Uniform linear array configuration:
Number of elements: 64
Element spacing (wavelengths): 0.5
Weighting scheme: hamming
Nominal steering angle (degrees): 60
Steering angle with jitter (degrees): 59.208
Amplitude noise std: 0.05
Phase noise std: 0.05

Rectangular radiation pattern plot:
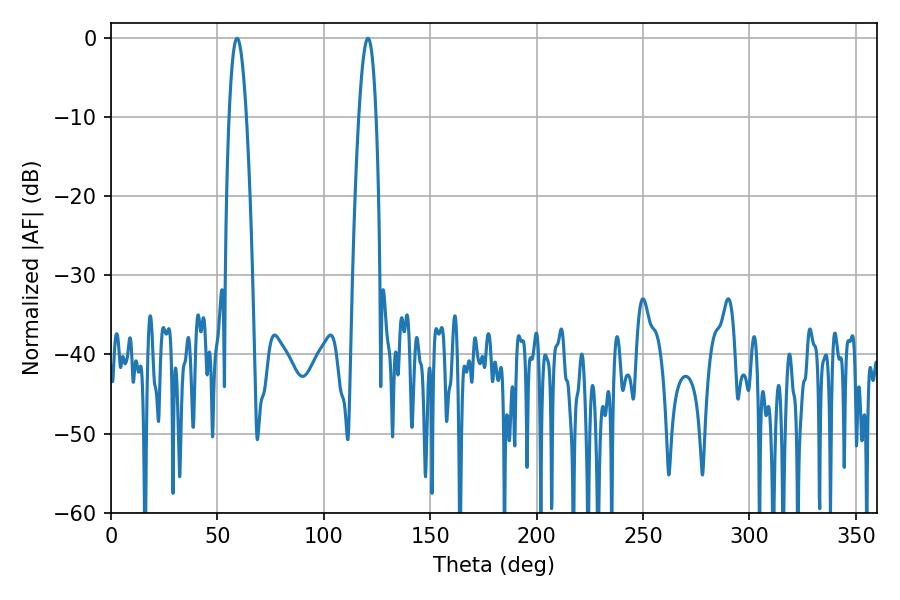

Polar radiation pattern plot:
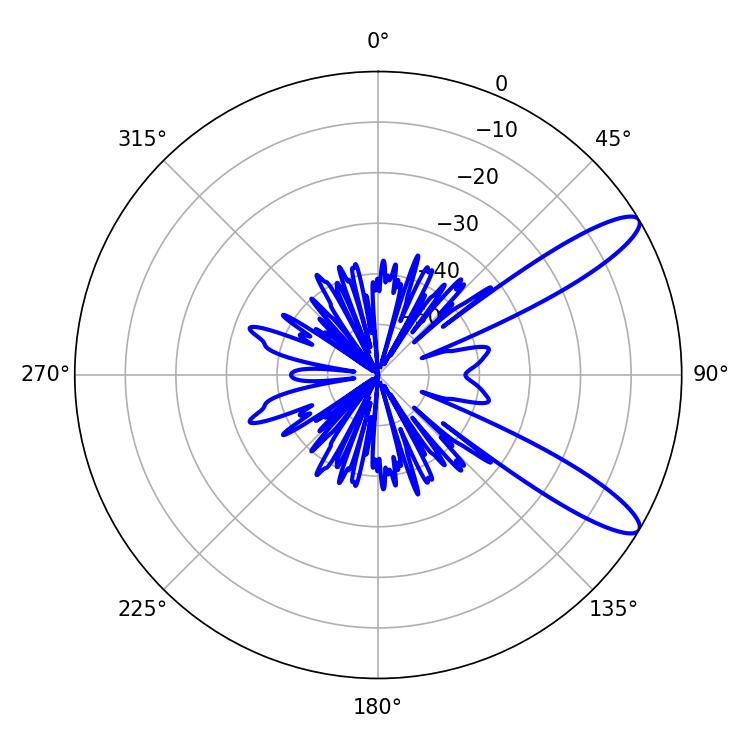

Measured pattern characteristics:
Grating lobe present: FALSE
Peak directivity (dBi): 11.381
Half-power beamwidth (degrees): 4.5
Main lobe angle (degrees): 59.22